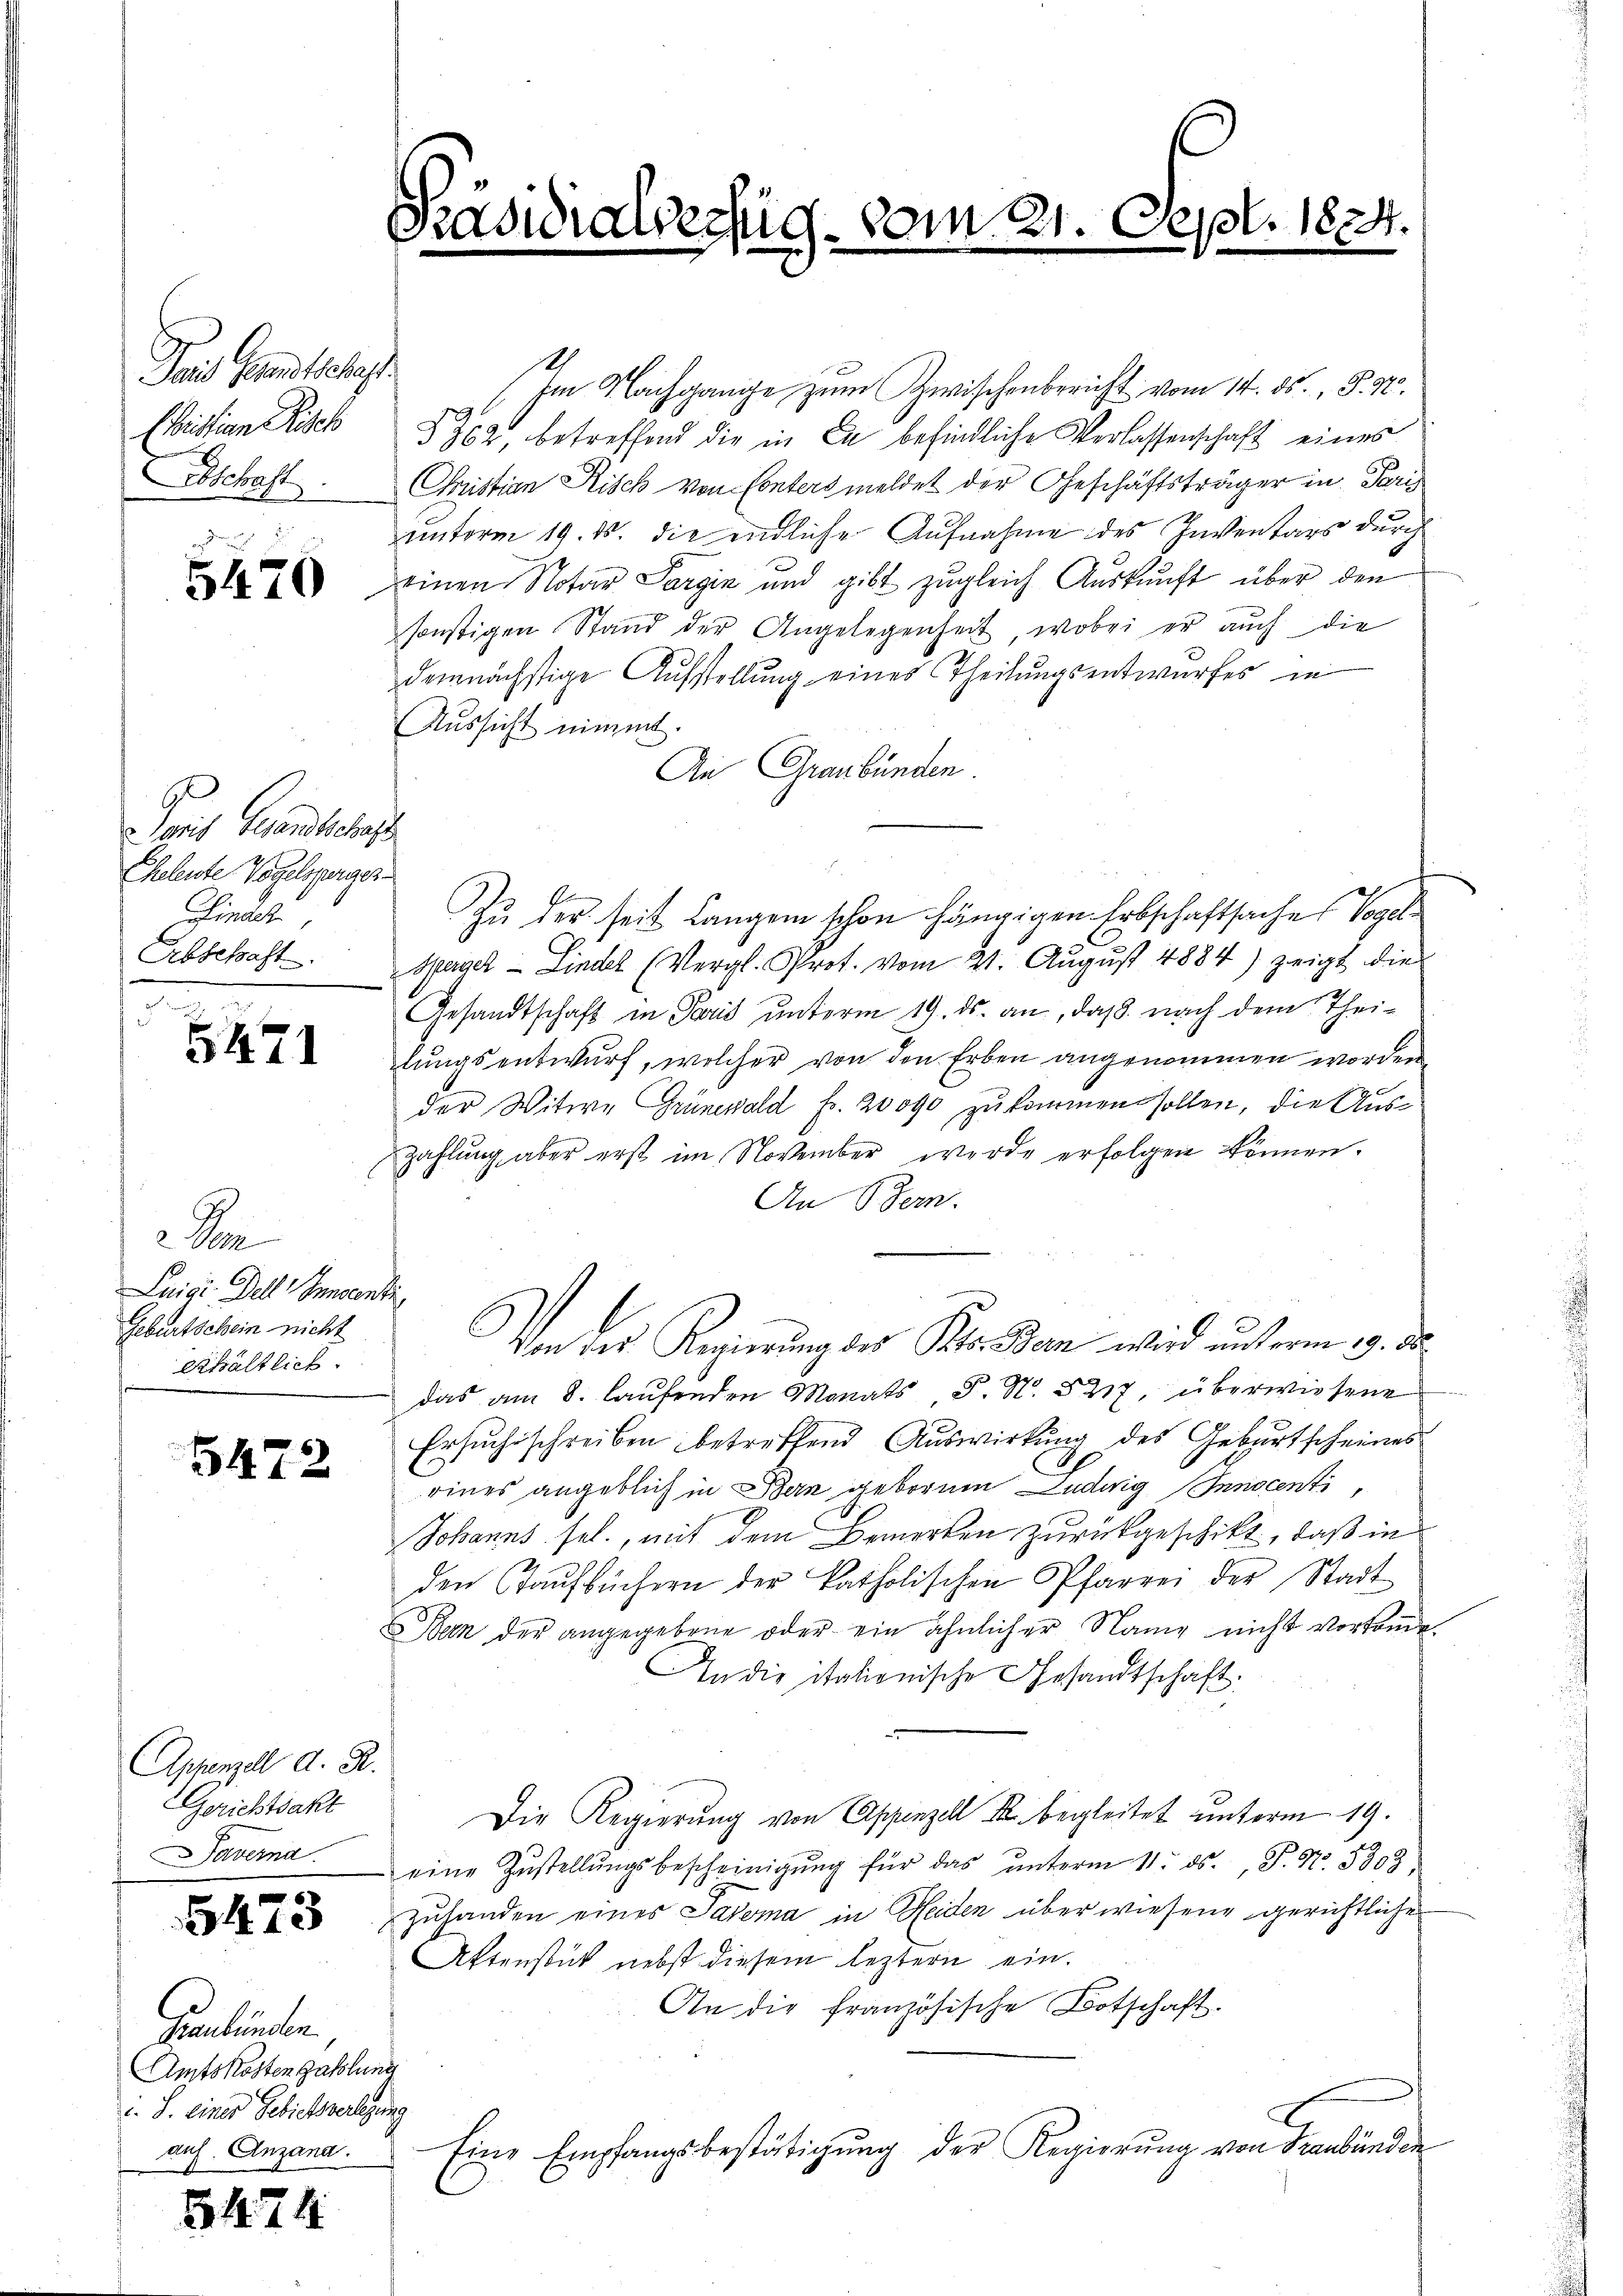
Dans Gesandtschaft
Ehristian Risch
Abschaft.

5470

G
Saris Gesandtschaft
Chalente Vogelsperger-
Finach,

5471

Da
Luigi. Delle Gendanti
Geburtschein nicht
Erhältlich

5472

Appenzel d. R.
Gerichtsakt
averna.

5473

Geländen.
Amtskosten Zahlung
c. S. eines Gebietsverlegung
auf. Anzand.

5474

Im Nachgange zum Zwischenbericht vom 14. ds., P. M.
§ 362 betreffend die in Er befindliche Verlassenschaft eines
Christian Risch von Conters meldet der Geschäftsträger in Paris
unterm 19. ds. die endliche Aufnahme des Inventars durch
einen Notar Sargin und gibt zugleich Auskunft über den
sonstigen Stand der Angelegenheit, wobei er auch die
demnächstige Aufstellung eines Theilungsentwurfes in
Aussicht nimmt.
An Graubünden.
Zu der seit Langen schon hängigen Erbschaftsaches Vogel¬
Abschaft. Sprach - Lindel (Vergl. Prot. vom 21. Aŭgŭst 4884) zeigt die
Gesandtschaft in Paris unterm 19. ds. an, daß nach dem Theilungsentwurf, welcher von den Erben angenommen worden
der Witwe Grünewald fr. 20000 zukommen sollen, die Aus¬
Zahlŭng aber erst im November werde erfolgen können.
An Stern.
Von der Regierung des Peter dan wird unterm 19. d.
das am 8. laŭfenden Monats P. N. 527, überwiesene
Ersuchsschreiben betreffend Auswirkung des Geburtscheines
eines angeblich in Bern geborene Ludwig Innocenti,
Johanns sel., mit dem Bemerken zurückgeschikt, daß in
den Taufbüchern der katholischen Pfarrei der Stadt
Bern der angegebene oder ein ähnlicher Name nicht verfonde
In die italienische Gesandtschaft.
Die Regierŭng von Appenzell I. begleitet unterm 19.
eine Zŭstellŭngsbescheinigŭng für das ŭnterm 11. ds., P. Nr. 5309
zuhanden eines Saroma in Heiden überwiesene gerichtliche
Aktenstück nebst diesem leztern ein¬
An die französische Botschaft.
Eine Empfangsbestätigung der Regierung von Graubünden

Präsidi

werfug

s

N. 21.

Sept. 1824.
e